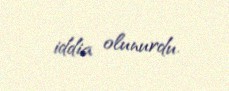
iddia olunurdu.